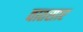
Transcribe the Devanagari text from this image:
वातसार